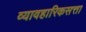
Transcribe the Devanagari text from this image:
व्यावहारिकसत्ता